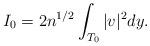
LaTeX: \begin{align*}I_0 = 2 n^{1/2} \int_{T_0} |v|^2 dy.\end{align*}